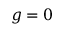
g = 0